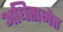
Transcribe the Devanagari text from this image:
अधिसभेत